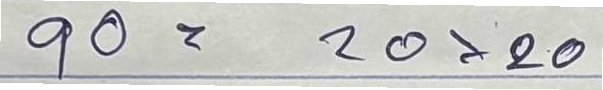
90 = 20x20